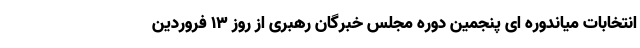
انتخابات میاندوره ای پنجمین دوره مجلس خبرگان رهبری از روز ۱۳ فروردین